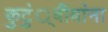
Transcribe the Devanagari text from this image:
कुटुं्बीयांना